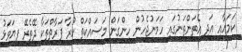
ކަމަށާއި އަދި އެތަންތަނުގައި ހަމަނުޖެހުން ހިންގަން މަސައްކަތް ކުރާ ފަރާތްތަކާ ދޭތެރޭ ފިޔަވަޅު